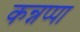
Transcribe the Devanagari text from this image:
कन्नप्पा